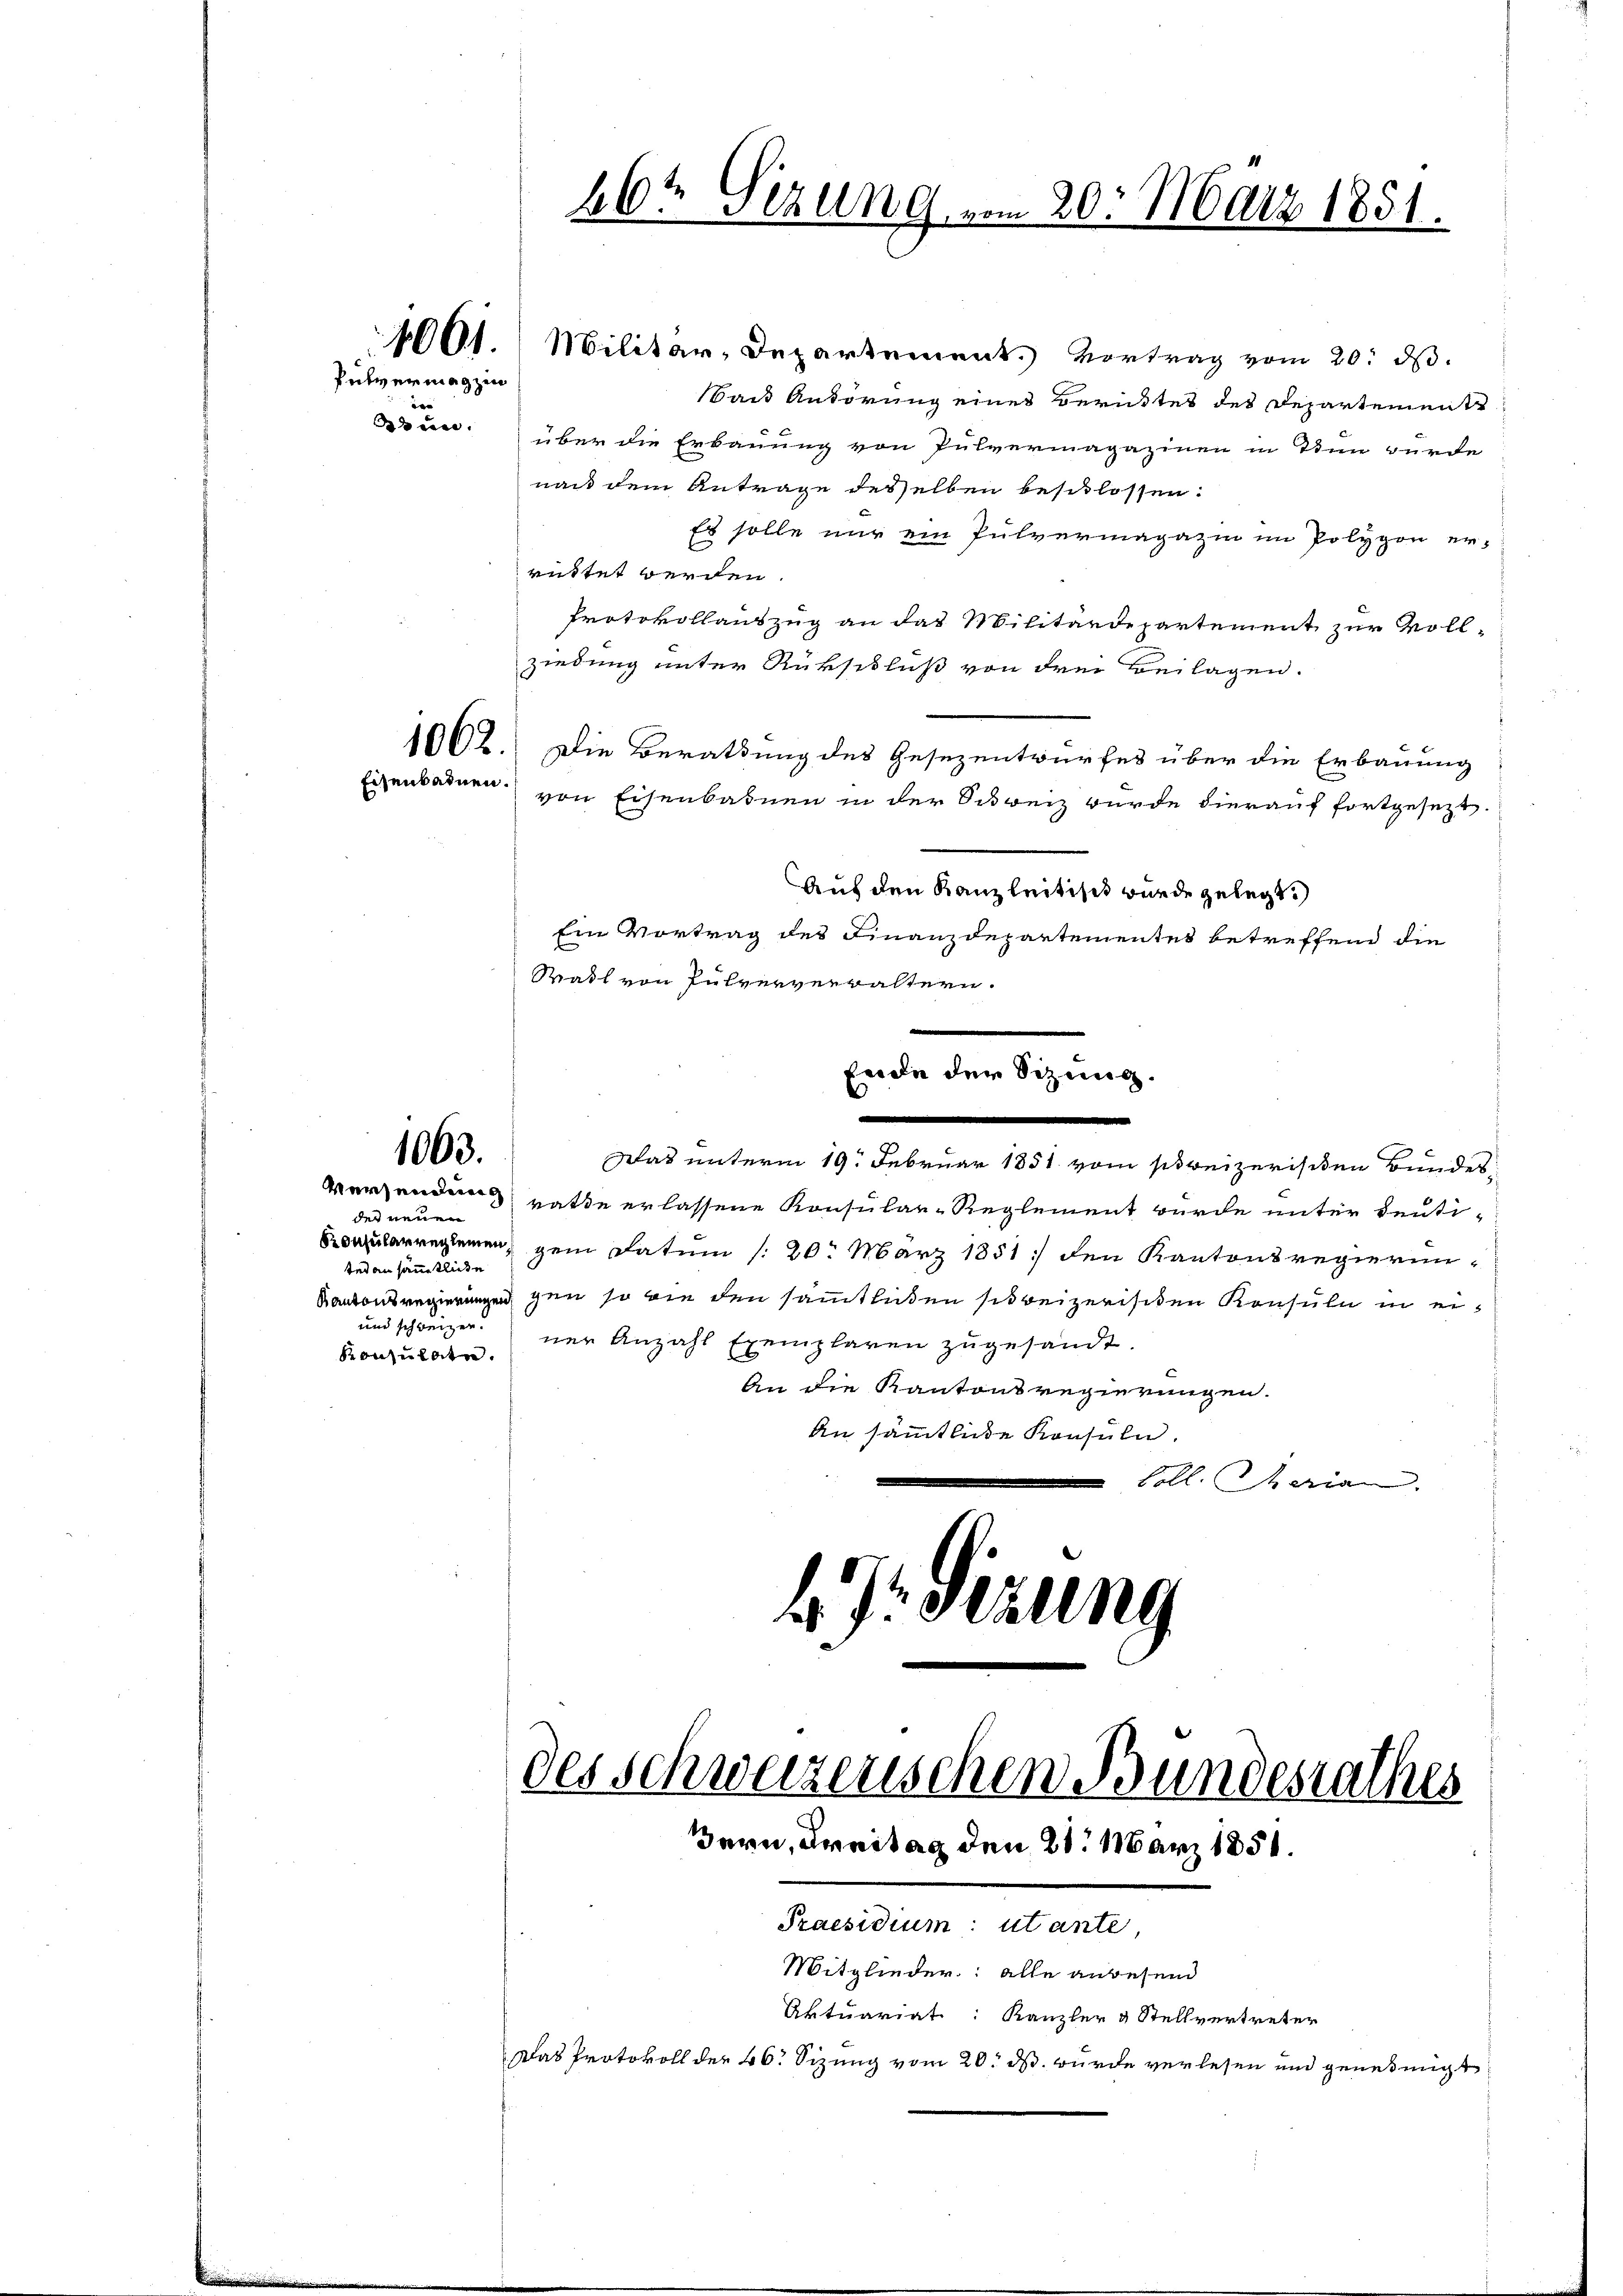
e

26t Sizung vom 20. März 1851.

1001. Militar-Departement. Vortrag vom 20. ds.
saut Anhörung eines Berichtes des Departemente
Bun über die Erbauung von Pulvermagazinen in Tun wurde
nach dem Antrage desselben beschlossen:
Es solle nur ein Pulvermagazin im Polygon er-
rittet werden.
Protokollauszug an das Militärdepartement zur Vollziedung unter Rückschluß von drei Beilagen.
1062. Die Berathung des Gesezentwurfes über die Erbauung
von Eisenbahnen in der Schweiz wurde hierauf fortgesezt.
Auf den Kanzleitisch wurde gelegt.
Ein Vortrag des Finanzdepartementes betreffend die
Statt von Pulververwaltern.
fade der Sitzung.
2
1060.
Was unterm 19. Februar 1851 vom schreizerischen Bundes¬
Versenden hatte erlassene Konsular-Reglement wurde unter deuti-
der neuen
konsularreglemen
gem Datum (20. März 1851 den Kantonsregierunted an sämmtliche
Kantonsregierungen gen so wie den sämmtlichen sisweizerischen Konsuln in ei¬
und schweizerner Anzahl Exemplaren zŭgesandt.
Konsulate.
An die Kantonsregierungen.
An sämmtliche Konsuln.
Soll. Marian

Pulvermagzin

Eisenbadnen.

47. Sizung
des Schweizerischen Bundesrathes
Bern, Freitag den 21. März 1851.
Praesidium: utante,
Mitglieder: alle anwesend
Aktuariat: Kanzler & Stellvertreter
Das Protokoll der 46. Sizung vom 20. ds. wurde verlesen und genehmigt.